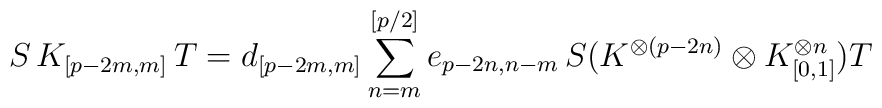
S \, K_{[p-2m,m]} \, T  = d_{[p-2m,m]} \sum_{n=m}^{[p/2]} e_{p-2n,n-m}   \, S \bigl( K^{\otimes(p-2n)} \otimes K_{[0,1]}^{\otimes n} \bigr) T